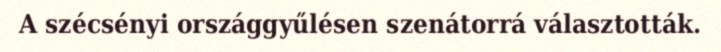
A szécsényi országgyűlésen szenátorrá választották.